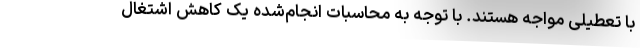
با تعطیلی مواجه هستند. با توجه به محاسبات انجام‌شده یک کاهش اشتغال